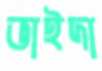
ভাইদা